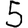
Digit: 5